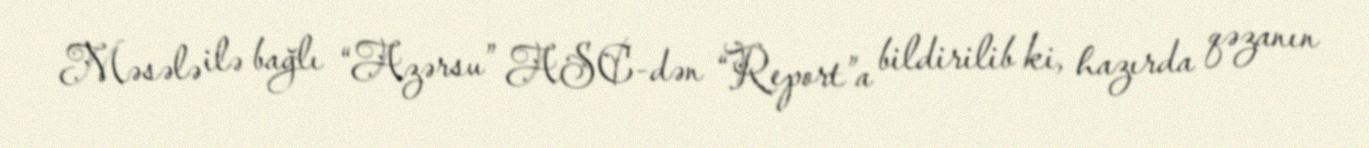
Məsələ ilə bağlı “Azərsu” ASC-dən “Report”a bildirilib ki, hazırda qəzanın